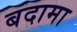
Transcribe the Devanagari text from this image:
बदामा